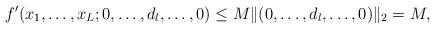
\begin{align*}f'(x_1,\ldots,x_L;0,\ldots,d_l,\ldots,0)\le M\|(0,\ldots,d_l,\ldots,0)\|_2=M,\end{align*}